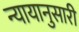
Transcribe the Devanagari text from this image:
न्यायानुसारी